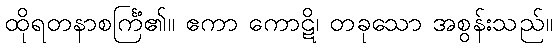
ထိုရတနာစင်္ကြံ၏။ ဧကာ ကောဋိ၊ တခုသော အစွန်းသည်။